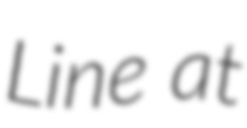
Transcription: Line at